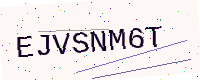
Text: EJVSNM6T